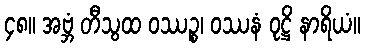
၄၈။ အဗ္ဘံ တီသွထ ဝဿဉ္စ၊ ဝဿနံ ဝုဋ္ဌိ နာရိယံ။